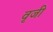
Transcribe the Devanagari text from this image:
वृजी